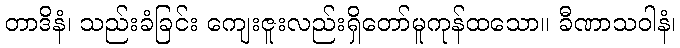
တာဒိနံ၊ သည်းခံခြင်း ကျေးဇူးလည်းရှိတော်မူကုန်ထသော။ ခီဏာသဝါနံ၊